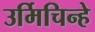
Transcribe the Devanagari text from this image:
उर्मिचिन्हे